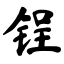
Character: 锃